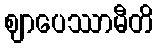
ဈာပေဿာမီတိ